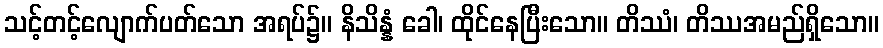
သင့်တင့်လျောက်ပတ်သော အရပ်၌။ နိသိန္နံ ခေါ၊ ထိုင်နေပြီးသော။ တိဿံ၊ တိဿအမည်ရှိသော။